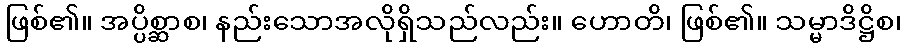
ဖြစ်၏။ အပ္ပိစ္ဆာစ၊ နည်းသောအလိုရှိသည်လည်း။ ဟောတိ၊ ဖြစ်၏။ သမ္မာဒိဋ္ဌိစ၊